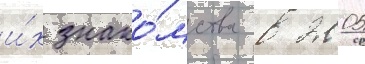
и́х знако́мства в 2005